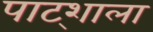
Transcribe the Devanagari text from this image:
पाट्शाला